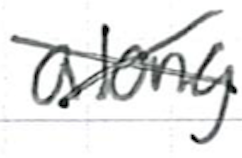
Text: along
Cross-out: cross
Writing tool: ballpoint